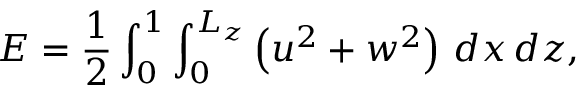
E = \displaystyle \frac { 1 } { 2 } \int _ { 0 } ^ { 1 } \int _ { 0 } ^ { L _ { z } } \left( u ^ { 2 } + w ^ { 2 } \right) \, d x \, d z ,